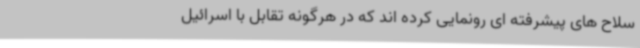
سلاح های پیشرفته ای رونمایی کرده اند که در هرگونه تقابل با اسرائیل